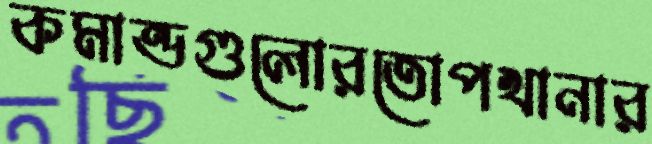
কমান্ডগুলোরতোপখানার